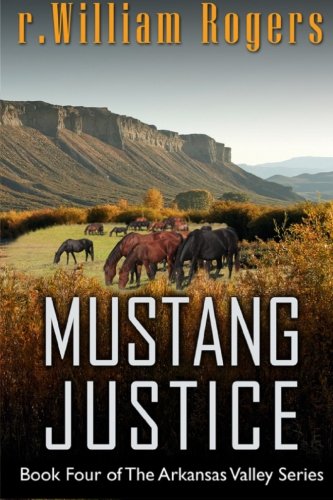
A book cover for Mustang Justice (Arkansas Valley) (Volume 4); r. William Rogers; Christian Books & Bibles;